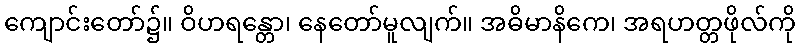
ကျောင်းတော်၌။ ဝိဟရန္တော၊ နေတော်မူလျက်။ အဓိမာနိကေ၊ အရဟတ္တဖိုလ်ကို